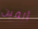
ألفين